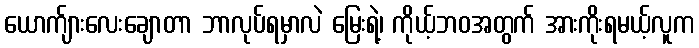
ယောက်ျားလေးချောတာ ဘာလုပ်ရမှာလဲ မြေးရဲ့၊ ကိုယ့်ဘဝအတွက် အားကိုးရမယ့်လူက